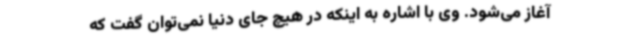
آغاز می‌شود. وی با اشاره به اینکه در هیچ جای دنیا نمی‌توان گفت که